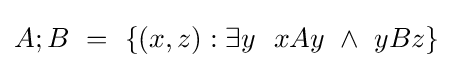
A;B\ =\ \{(x,z):\exists y\ \ xAy\ \land \ yBz\}~